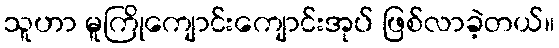
သူဟာ မူကြိုကျောင်းကျောင်းအုပ် ဖြစ်လာခဲ့တယ်။